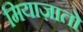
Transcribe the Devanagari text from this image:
मियाज़ातो